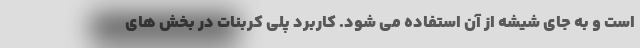
است و به جای شیشه از آن استفاده می شود. کاربرد پلی کربنات در بخش های